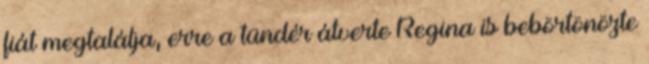
fiát megtalálja, erre a tündér átverte Regina is bebörtönözte